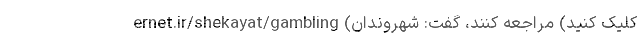
ernet.ir/shekayat/gambling (کلیک کنید) مراجعه کنند، گفت: شهروندان